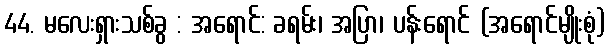
44. မလေးရှားသစ်ခွ : အရောင်: ခရမ်း၊ အပြာ၊ ပန်းရောင် (အရောင်မျိုးစုံ)